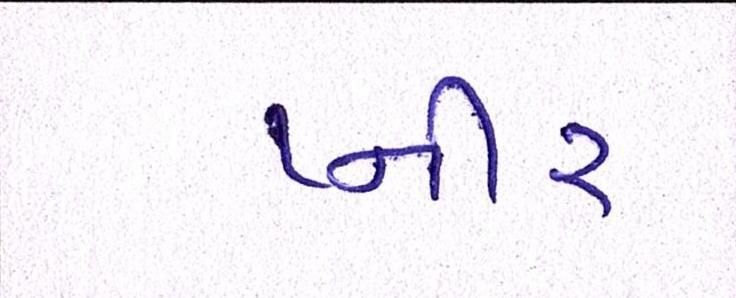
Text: પ્નીર